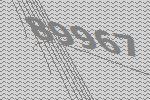
89967